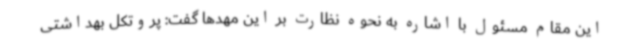
این مقام مسئول با اشاره به نحوه نظارت بر این مهدها گفت: پروتکل بهداشتی